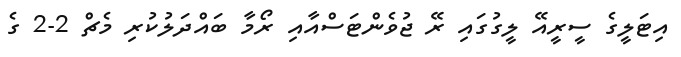
އިޓަލީގެ ސީރީއޭ ލީގުގައި ރޭ ޖުވެންޓަސްއާއި ރޯމާ ބައްދަލުކުރި މެޗް 2-2 ގެ